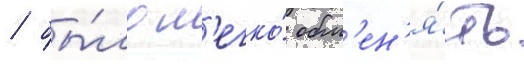
/ бы́ло л'егко́ обм'ен'я́ть